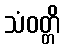
သံဝတ္တိ